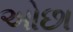
અોછા